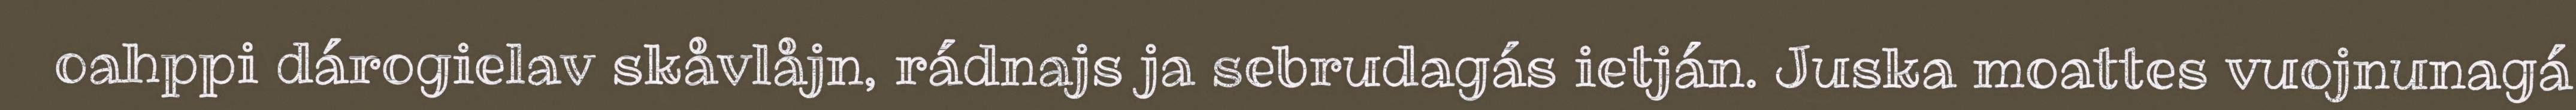
oahppi dárogielav skåvlåjn, rádnajs ja sebrudagás ietján. Juska moattes vuojnunagá